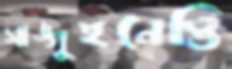
সাঙ্গুইনেত্তি